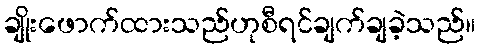
ချိုးဖောက်ထားသည်ဟုစီရင်ချက်ချခဲ့သည်။